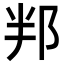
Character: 𮟵